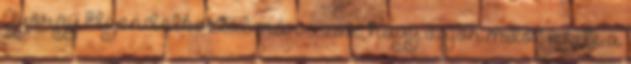
György Elgondolkoztál már azon, hogy vajon mitől fekete a